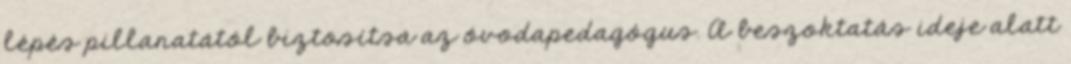
lépés pillanatától biztosítsa az óvodapedagógus. A beszoktatás ideje alatt